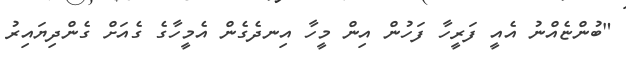
"ބުންޏެއްނު އެއީ ފަރީހާ ފަހުން އިން މީހާ އިނދެގެން އެމީހާގެ ގެއަށް ގެންދިޔައިރު